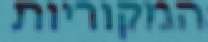
המקוריות